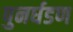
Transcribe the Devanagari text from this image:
पुनर्घडण